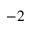
^ { - 2 }